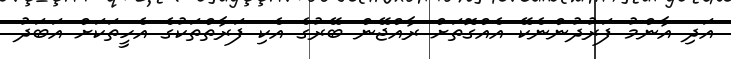
އަދި އާންމު ފަރުދުންނެކޭ އެއްގޮތަށް ރާއްޖޭން ބޭރުގެ އެކި ފަރާތްތަކުގެ އެހީތަކަށް އަބަދު